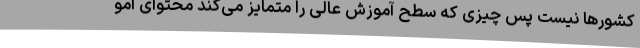
کشورها نیست پس چیزی که سطح آموزش عالی را متمایز می‌کند محتوای آمو